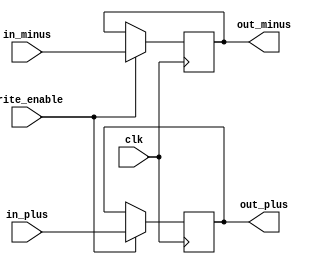
module D_FF_four_bits(in_plus,in_minus,clk,out_plus,out_minus,write_enable);

input write_enable;
input clk;
input[3:0] in_minus,in_plus;
output[3:0] out_minus,out_plus;
reg[3:0] out_minus,out_plus;

initial begin
	out_minus<=3'b0;
	out_plus<=3'b0;
end

always@(posedge clk) begin
	if(write_enable) begin
		out_minus<=in_minus;
		out_plus<=in_plus;
	end
end

endmodule